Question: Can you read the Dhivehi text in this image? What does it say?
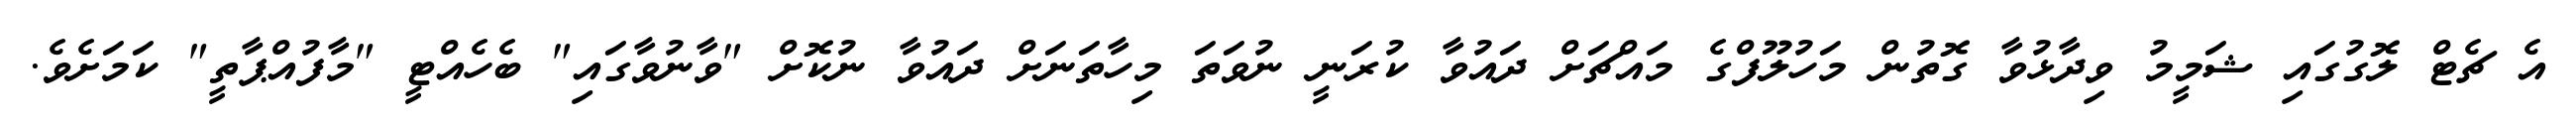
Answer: އެ ޗެޓް ލޮގުގައި ޝަމީމު ވިދާޅުވާ ގޮތުން މަހުލޫފްގެ މައްޗަށް ދައުވާ ކުރަނީ ނުވަތަ މިހާތަނަށް ދައުވާ ނުކޮށް "ވާނުވާގައި" ބެހެއްޓީ "މާފުއްޕާތީ" ކަމަށެވެ.